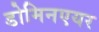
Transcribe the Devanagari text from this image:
डोमिनएयर